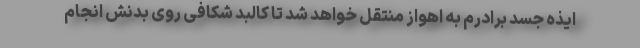
ایذه جسد برادرم به اهواز منتقل خواهد شد تا کالبد شکافی روی بدنش انجام